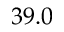
3 9 . 0